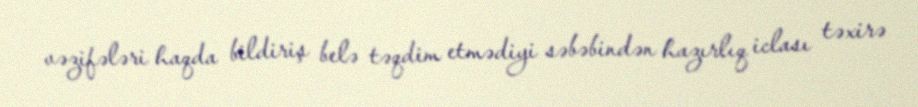
vəzifələri haqda bildiriş belə təqdim etmədiyi səbəbindən hazırlıq iclası təxirə